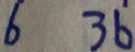
6 3 6